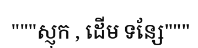
"""ស្ញុក , ដើម ទន្សែ"""